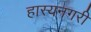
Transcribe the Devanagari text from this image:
हास्यनगरी